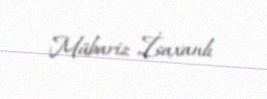
Mübariz İsaxanlı